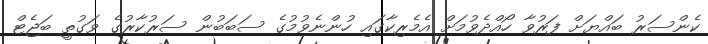
ކެންސަރު ބައްޔަށް ފަރުވާ ހޯއްދެވުމަށް އެމެރިކާގައި ހުންނެވުމުގެ ސަބަބުން ސަރުކާރުގެ ވަގުތީ ބަޖެޓް